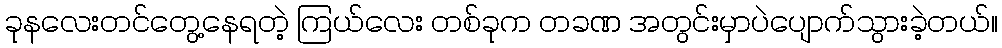
ခုနလေးတင်တွေ့နေရတဲ့ ကြယ်လေး တစ်ခုက တခဏ အတွင်းမှာပဲပျောက်သွားခဲ့တယ်။